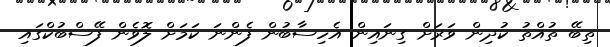
ތިބޭ ތުއްތު ކުދިން ވަރަށް ގިނައިން އެހިސާބުން ފެންނަ ކަމަށް ލޮވެން ފޭސްބުކްގައި